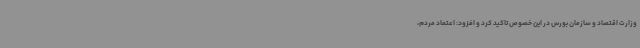
وزارت اقتصاد و سازمان بورس در این خصوص تاکید کرد و افزود: اعتماد مردم،